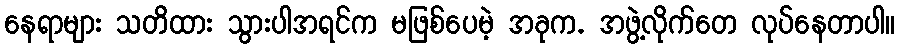
နေရာများ သတိထား သွားပါအရင်က မဖြစ်ပေမဲ့ အခုက. အဖွဲ့လိုက်တေ လုပ်နေတာပါ။